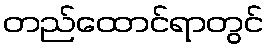
တည်ထောင်ရာတွင်